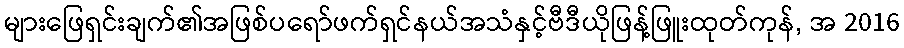
များဖြေရှင်းချက်၏အဖြစ်ပရော်ဖက်ရှင်နယ်အသံနှင့်ဗီဒီယိုဖြန့်ဖြူးထုတ်ကုန်, အ 2016